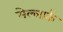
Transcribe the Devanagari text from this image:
मेल्लार्क